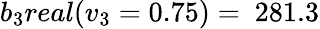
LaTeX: b_{3}real(v_{3}=0.75)=\ 281.3